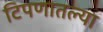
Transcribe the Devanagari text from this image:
टिपणातल्या